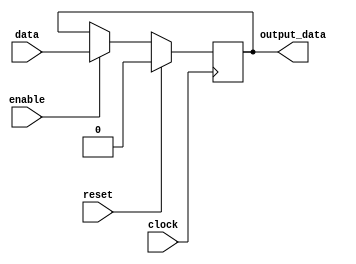
module register_block (
    input data,
    input clock,
    input enable,
    input reset,
    output reg output_data
);

always @(posedge clock) begin
    if (reset) begin
        output_data <= 4'b0000; // Set register contents to predefined value
    end else begin
        if (enable) begin
            output_data <= data; // Capture data when enable signal is high
        end
    end
end

endmodule